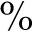
\%